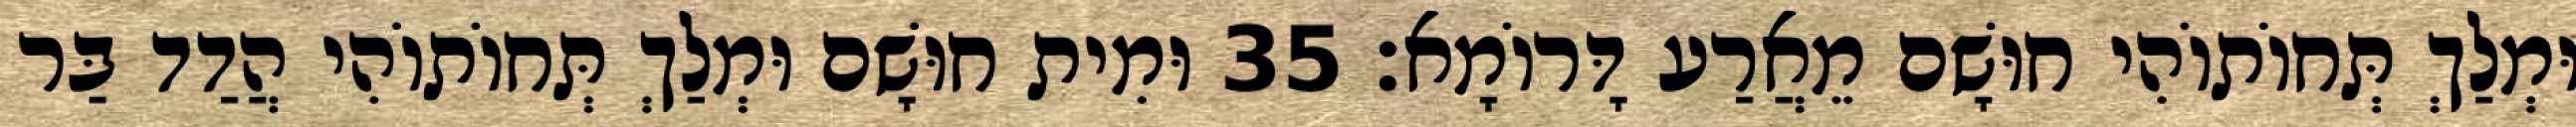
וּמְלַךְ תְּחוֹתוֹהִי חוּשָׁם מֵאֲרַע דָּרוֹמָא׃ 35 וּמִית חוּשָׁם וּמְלַךְ תְּחוֹתוֹהִי הֲדַד בַּר